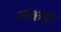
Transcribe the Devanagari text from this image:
लकडा